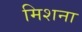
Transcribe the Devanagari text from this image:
मिशना